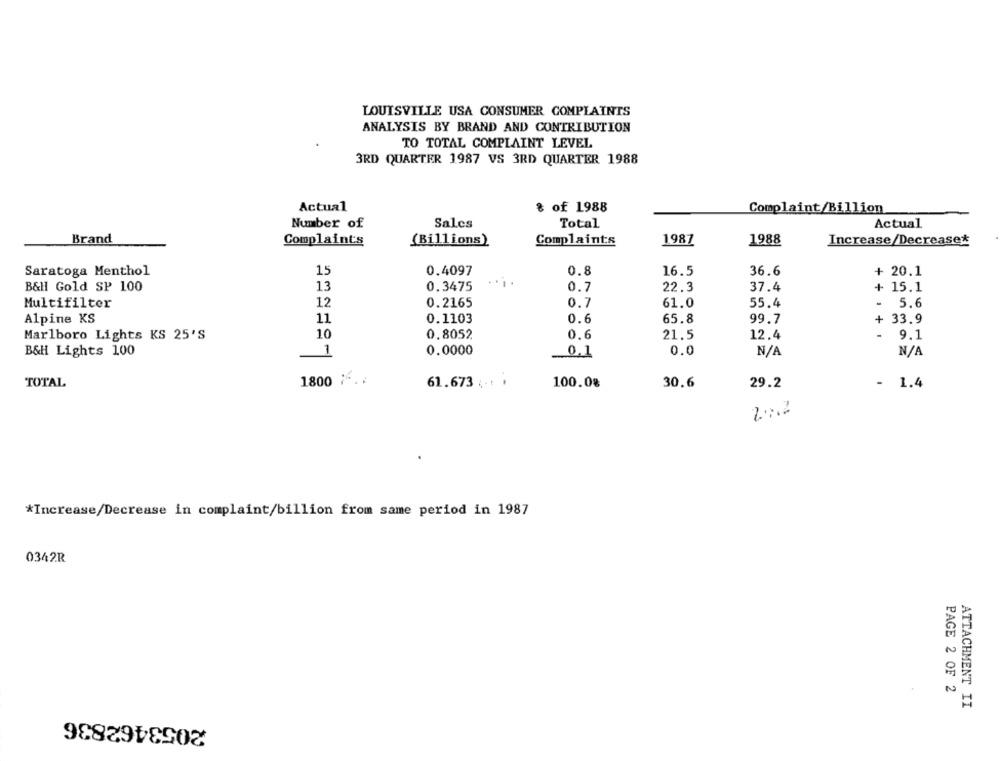
LOUISVILLE USA CONSUMER COMPLAINTS
ANALYSIS BY BRAND AND CONTRIBUTION
TO TOTAL COMPLAINT LEVEL
3RD QUARTER 1987 VS 3RD QUARTER 1988
Actual
8 of 1988
Complaint/Billion
Number of
Sales
Total
Actual
Brand
Complaints
(Billions)
Complaints
1987
1988
Increase/Decrease*
Saratoga Menthol
15
0.4097
0.8
16.5
36.6
+ 20.1
B&Hl Gold SP 100
13
0.3475
0.7
22.3
37.4
+ 15.1
Multifilter
12
0.2165
0.7
61.0
55.4
-
5.6
Alpine KS
11
0.1103
0.6
65.8
99.7
+
33.9
Marlboro Lights KS 25'S
10
0.8052
0.6
21.5
12.4
9.1
0.0000
0.0
B&H Lights 100
1
0.1
1800 %.
TOTAL
61.673 ... .
100.0%
30.6
29.2
- 1.4
222
*Increase/Decrease in complaint/billion from same period in 1987
0342R
PAGE 2 OF 2
ATTACHMENT II
2053462836